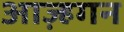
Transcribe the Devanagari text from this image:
आज़्हगन